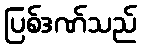
ပြစ်ဒဏ်သည်